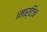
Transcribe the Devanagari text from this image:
।मार्टिन